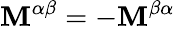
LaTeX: \mathbf{M}^{\alpha\beta}=-\mathbf{M}^{\beta\alpha}